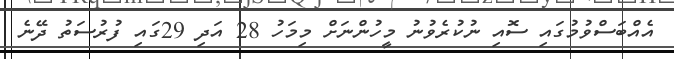
އެއްބަސްވުމުގައި ސޮއި ނުކުރެވުނު މީހުންނަށް މިމަހު 28 އަދި 29ގައި ފުރުސަތު ދޭނެ